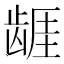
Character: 𱌷